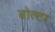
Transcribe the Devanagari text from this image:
बोल्टर